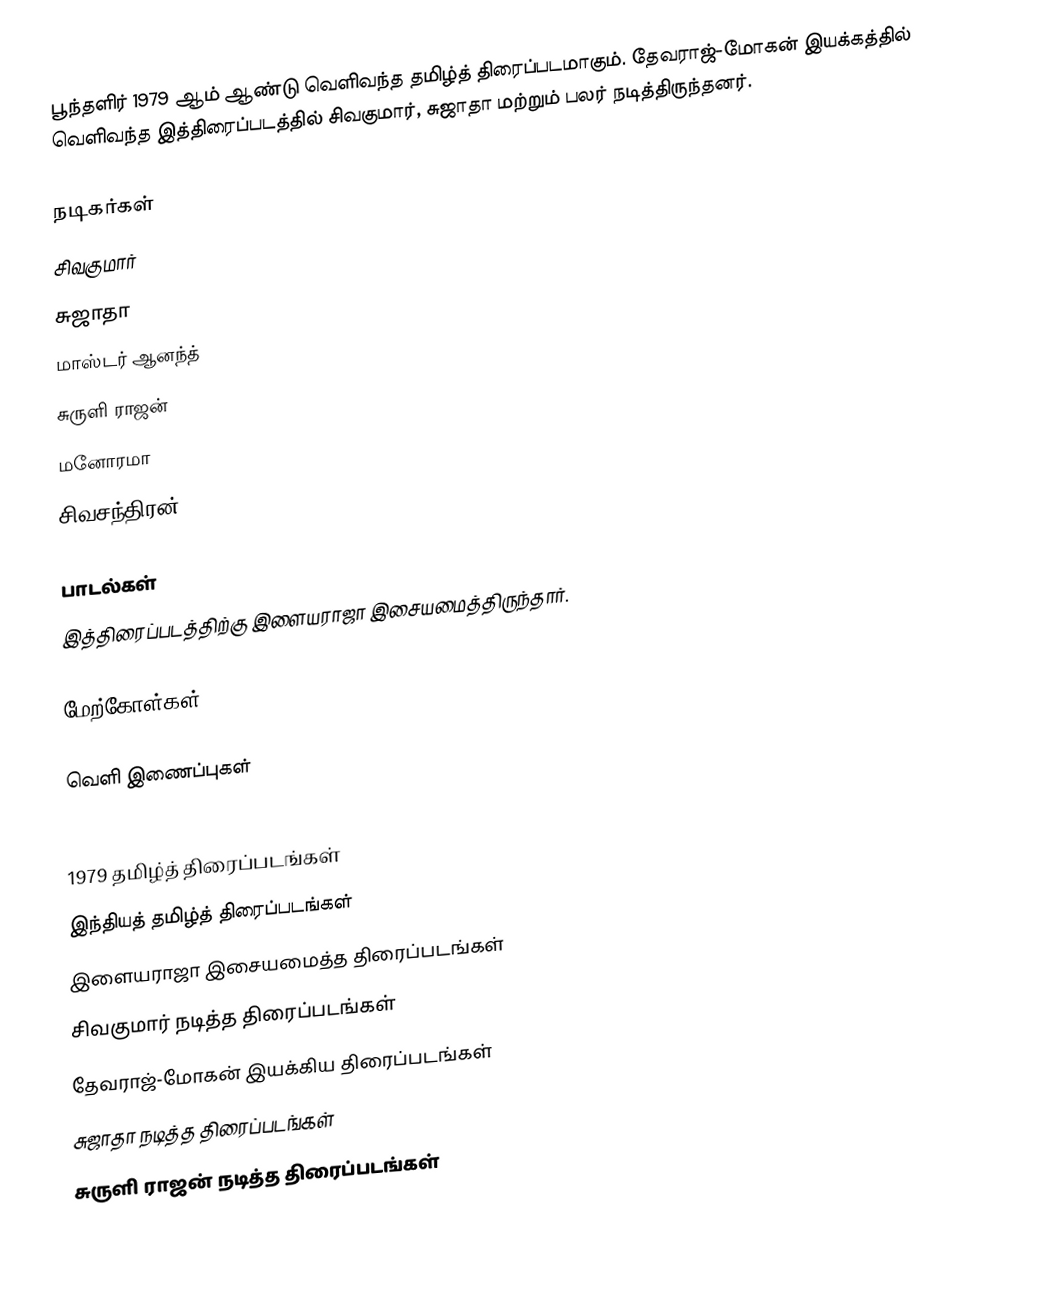
பூந்தளிர் 1979 ஆம் ஆண்டு வெளிவந்த தமிழ்த் திரைப்படமாகும். தேவராஜ்-மோகன் இயக்கத்தில் வெளிவந்த இத்திரைப்படத்தில் சிவகுமார், சுஜாதா மற்றும் பலர் நடித்திருந்தனர்.

நடிகர்கள்
சிவகுமார்
சுஜாதா
மாஸ்டர் ஆனந்த்
சுருளி ராஜன்
மனோரமா
சிவசந்திரன்

பாடல்கள்
இத்திரைப்படத்திற்கு இளையராஜா இசையமைத்திருந்தார்.

மேற்கோள்கள்

வெளி இணைப்புகள்

1979 தமிழ்த் திரைப்படங்கள்
இந்தியத் தமிழ்த் திரைப்படங்கள்
இளையராஜா இசையமைத்த திரைப்படங்கள்
சிவகுமார் நடித்த திரைப்படங்கள்
தேவராஜ்-மோகன் இயக்கிய திரைப்படங்கள்
சுஜாதா நடித்த திரைப்படங்கள்
சுருளி ராஜன் நடித்த திரைப்படங்கள்